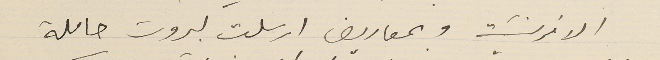
الافرنسَية وبمصاريف ارسلت لبيروت حاملة